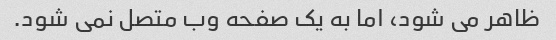
ظاهر می شود، اما به یک صفحه وب متصل نمی شود.